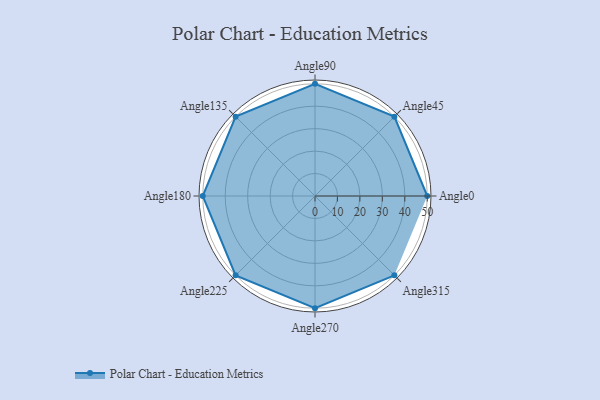
{"axis": {"x": "Angle", "y": "Radius"}, "legend": [""], "data": [{"x": "Angle0", "y": 50, "type": ""}, {"x": "Angle45", "y": 50, "type": ""}, {"x": "Angle90", "y": 50, "type": ""}, {"x": "Angle135", "y": 50, "type": ""}, {"x": "Angle180", "y": 50, "type": ""}, {"x": "Angle225", "y": 50, "type": ""}, {"x": "Angle270", "y": 50, "type": ""}, {"x": "Angle315", "y": 50, "type": ""}]}